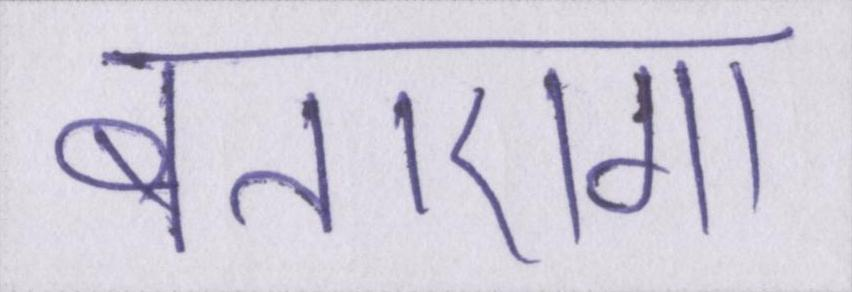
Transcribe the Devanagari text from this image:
बताएगा